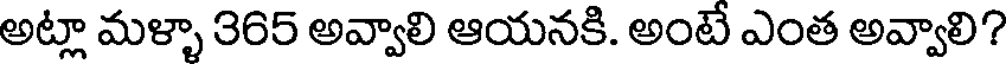
అట్లా మళ్ళా 365 అవ్వాలి ఆయనకి. అంటే ఎంత అవ్వాలి?